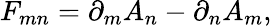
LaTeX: F_{mn}=\partial_{m}A_{n}-\partial_{n}A_{m},